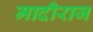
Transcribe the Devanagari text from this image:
मादीराज